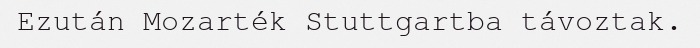
Ezután Mozarték Stuttgartba távoztak.